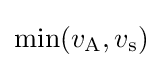
\min(v_{\text{A}},v_{\text{s}})